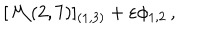
[ { \cal M } ( 2 , 7 ) ] _ { ( 1 , 3 ) } + \varepsilon \phi _ { 1 , 2 } \, ,